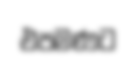
එපමණට